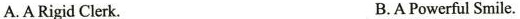
A.A Rigid Clerk. B.APowerful Smile.